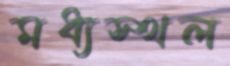
মধ্যস্থল